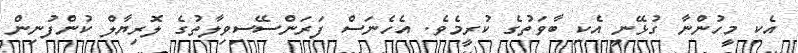
އެކި މީހުންނާ ގުޅޭނީ އެކި ބާވަތުގެ ކުރީމެވެ. އެހެނަސް ފަރަންސޭސިވިލާތުގެ ލޮރިޔާލް ކުންފުނިން